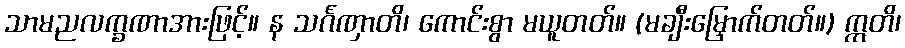
သာမညလက္ခဏာအားဖြင့်။ န သင်္ဂဏှာတိ၊ ကောင်းစွာ မယူတတ်။ (မချီးမြှောက်တတ်။) ဣတိ၊